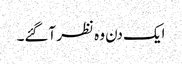
ایک دن وہ نظر آگئے۔